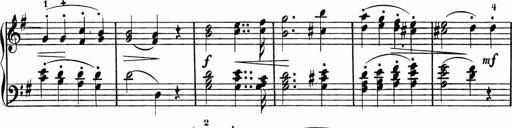
Title: Rosen ohne Dornen
Composer: Gustav Lange